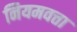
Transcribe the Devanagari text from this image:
नियमवत्ता